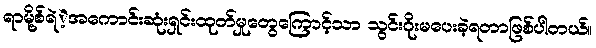
ရာမို့စ်ရဲဲ့အကောင်းဆုံးရှင်းထုတ်မှုတွေကြောင့်သာ သွင်းဂိုးမပေးခဲ့ရတာဖြစ်ပါတယ်။